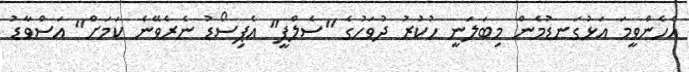
އެހެންވީމަ އަޅުގަނޑުމެން މިބަލަނީ ހުކުރު ދުވަހުގެ "ސެލްފީ" އެޕިސޯޑު ނެރެވޭނެ ކަމަށް" އަސްވާޑު